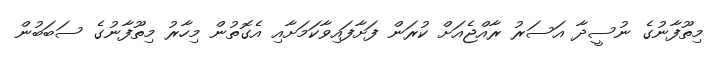
މިތޫފާނުގެ ނުސީދާ އަސަރު ރާއްޖެއަށް ކުރަން ފަށާފައިވާކަމަށާއި އެގޮތުން މިހާރު މިތޫފާނުގެ ސަބަބުން